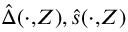
\hat { \Delta } ( \cdot , \! Z ) , \hat { s } ( \cdot , \! Z )